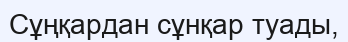
Сұңқардан сұнқар туады,